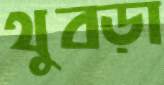
থুবড়া